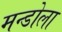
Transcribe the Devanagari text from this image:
मन्डोला